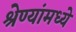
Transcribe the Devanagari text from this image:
श्रेण्यांमध्ये